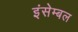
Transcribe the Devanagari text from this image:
इंसेम्बल